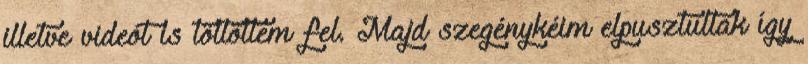
illetve videót is töltöttem fel. Majd szegénykéim elpusztultak így